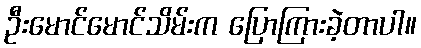
ဦးမောင်မောင်သိမ်းက ပြောကြားခဲ့တာပါ။